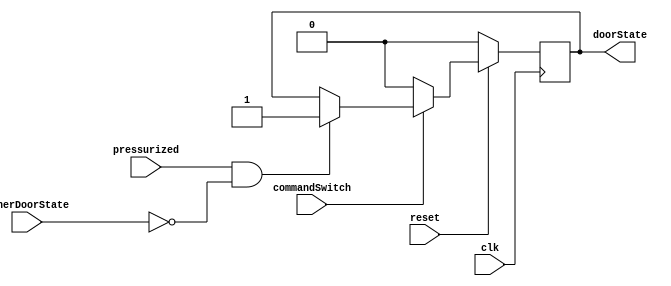
//1 means open, 0 means closed
module outerDoor(doorState, commandSwitch, innerDoorState, pressurized, reset, clk);
  input wire commandSwitch, innerDoorState, reset, pressurized, clk;
  output reg doorState;
  always @(posedge clk) begin
    if(!reset) begin
      doorState <= 1'b0;
    end else begin
      if(commandSwitch) begin //trying to open the outer door
        if(pressurized && !innerDoorState) begin //can only do it if chamber is pressurized and inner door is closed
          doorState <= 1'b1;
        end
      end else begin
        doorState <= 1'b0; //close the door
      end
    end
  end
endmodule

/*module outerDoor_testbench;
  reg clk, reset, commandSwitch, innerDoorState, pressurized;
  wire doorState;
  outerDoor dut (doorState, commandSwitch, innerDoorState, pressurized, reset, clk);
  parameter ClockDelay = 2;
  initial begin //setup the clock
    clk <= 0;
    forever begin
      #(ClockDelay/2);
      clk <= ~clk;
    end
  end
  initial begin //begin testing
    $dumpfile("outerDoor.vcd");
    $dumpvars(1,dut);
    reset = 1'b0; #ClockDelay;
    reset = 1'b1; #ClockDelay;
    commandSwitch = 1'b1;
    pressurized = 1'b0;
    innerDoorState = 1'b0;
    #ClockDelay; //command is sent, but the chamber is not pressurized
    pressurized = 1'b1;
    innerDoorState = 1'b1;
    #ClockDelay; //command is sent, but inner door is open
    pressurized = 1'b0; //command is sent, but inner door is open, and the the chamber is not pressurized
    #ClockDelay;
    pressurized = 1'b1;
    innerDoorState = 1'b0;
    #ClockDelay //command is sent, and outer door is opened
    commandSwitch = 1'b0;
    #ClockDelay //close the outer door
    commandSwitch = 1'b1;
    #ClockDelay //open the outer door
    commandSwitch = 1'b0;
    #ClockDelay //close the outer door
    commandSwitch = 1'b0;
    #ClockDelay //close the outer door

    $finish;
  end
endmodule*/